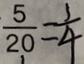
\frac { 5 } { 2 0 } = \frac { 1 } { 4 }